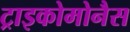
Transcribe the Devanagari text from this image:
ट्राइकोमोनैस